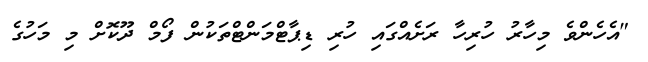
"އެހެންވެ މިހާރު ހުރިހާ ރަށެއްގައި ހުރި ޑިޕާޓްމަންޓްތަކުން ފޯމް ދޫކޮށް މި މަހުގެ